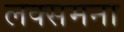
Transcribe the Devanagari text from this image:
लक्समना